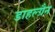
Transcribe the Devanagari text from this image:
डाहल्ग्रैन